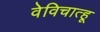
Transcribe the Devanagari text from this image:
वेविचात्हू